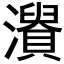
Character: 𤃘